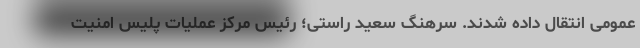
عمومی انتقال داده شدند. سرهنگ سعید راستی؛ رئیس مرکز عملیات پلیس امنیت